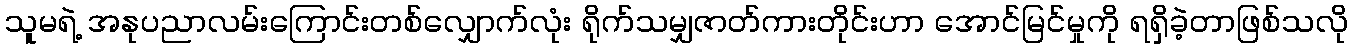
သူမရဲ့ အနုပညာလမ်းကြောင်းတစ်လျှောက်လုံး ရိုက်သမျှဇာတ်ကားတိုင်းဟာ အောင်မြင်မှုကို ရရှိခဲ့တာဖြစ်သလို